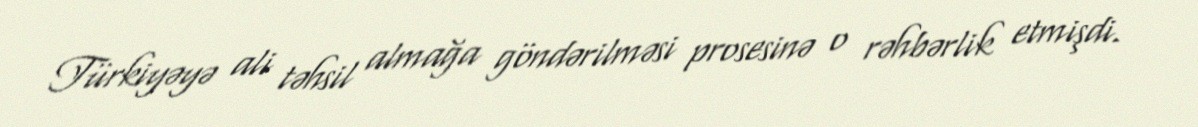
Türkiyəyə ali təhsil almağa göndərilməsi prosesinə o rəhbərlik etmişdi.